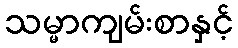
သမ္မာကျမ်းစာနှင့်